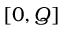
[ 0 , Q ]